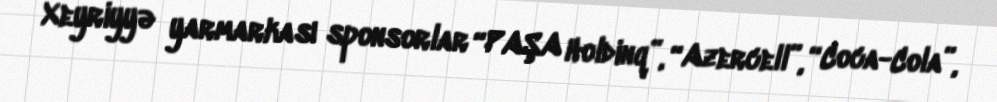
Xeyriyyə yarmarkası sponsorlar “PAŞA Holdinq”, “Azercell”, “Coca-Cola”,